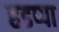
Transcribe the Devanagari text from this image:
हडप्‍पा